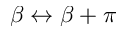
\beta \leftrightarrow \beta + \pi